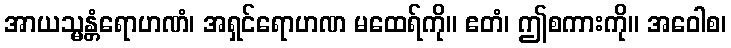
အာယသ္မန္တံရောဟဏံ၊ အရှင်ရောဟဏ မထေရ်ကို။ ဧတံ၊ ဤစကားကို။ အဝေါစ၊